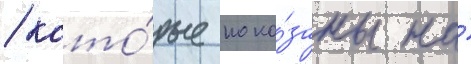
/ кото́рые пока́заны на́